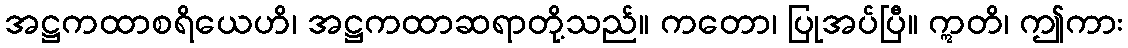
အဋ္ဌကထာစရိယေဟိ၊ အဋ္ဌကထာဆရာတို့သည်။ ကတော၊ ပြုအပ်ပြီ။ ဣတိ၊ ဤကား